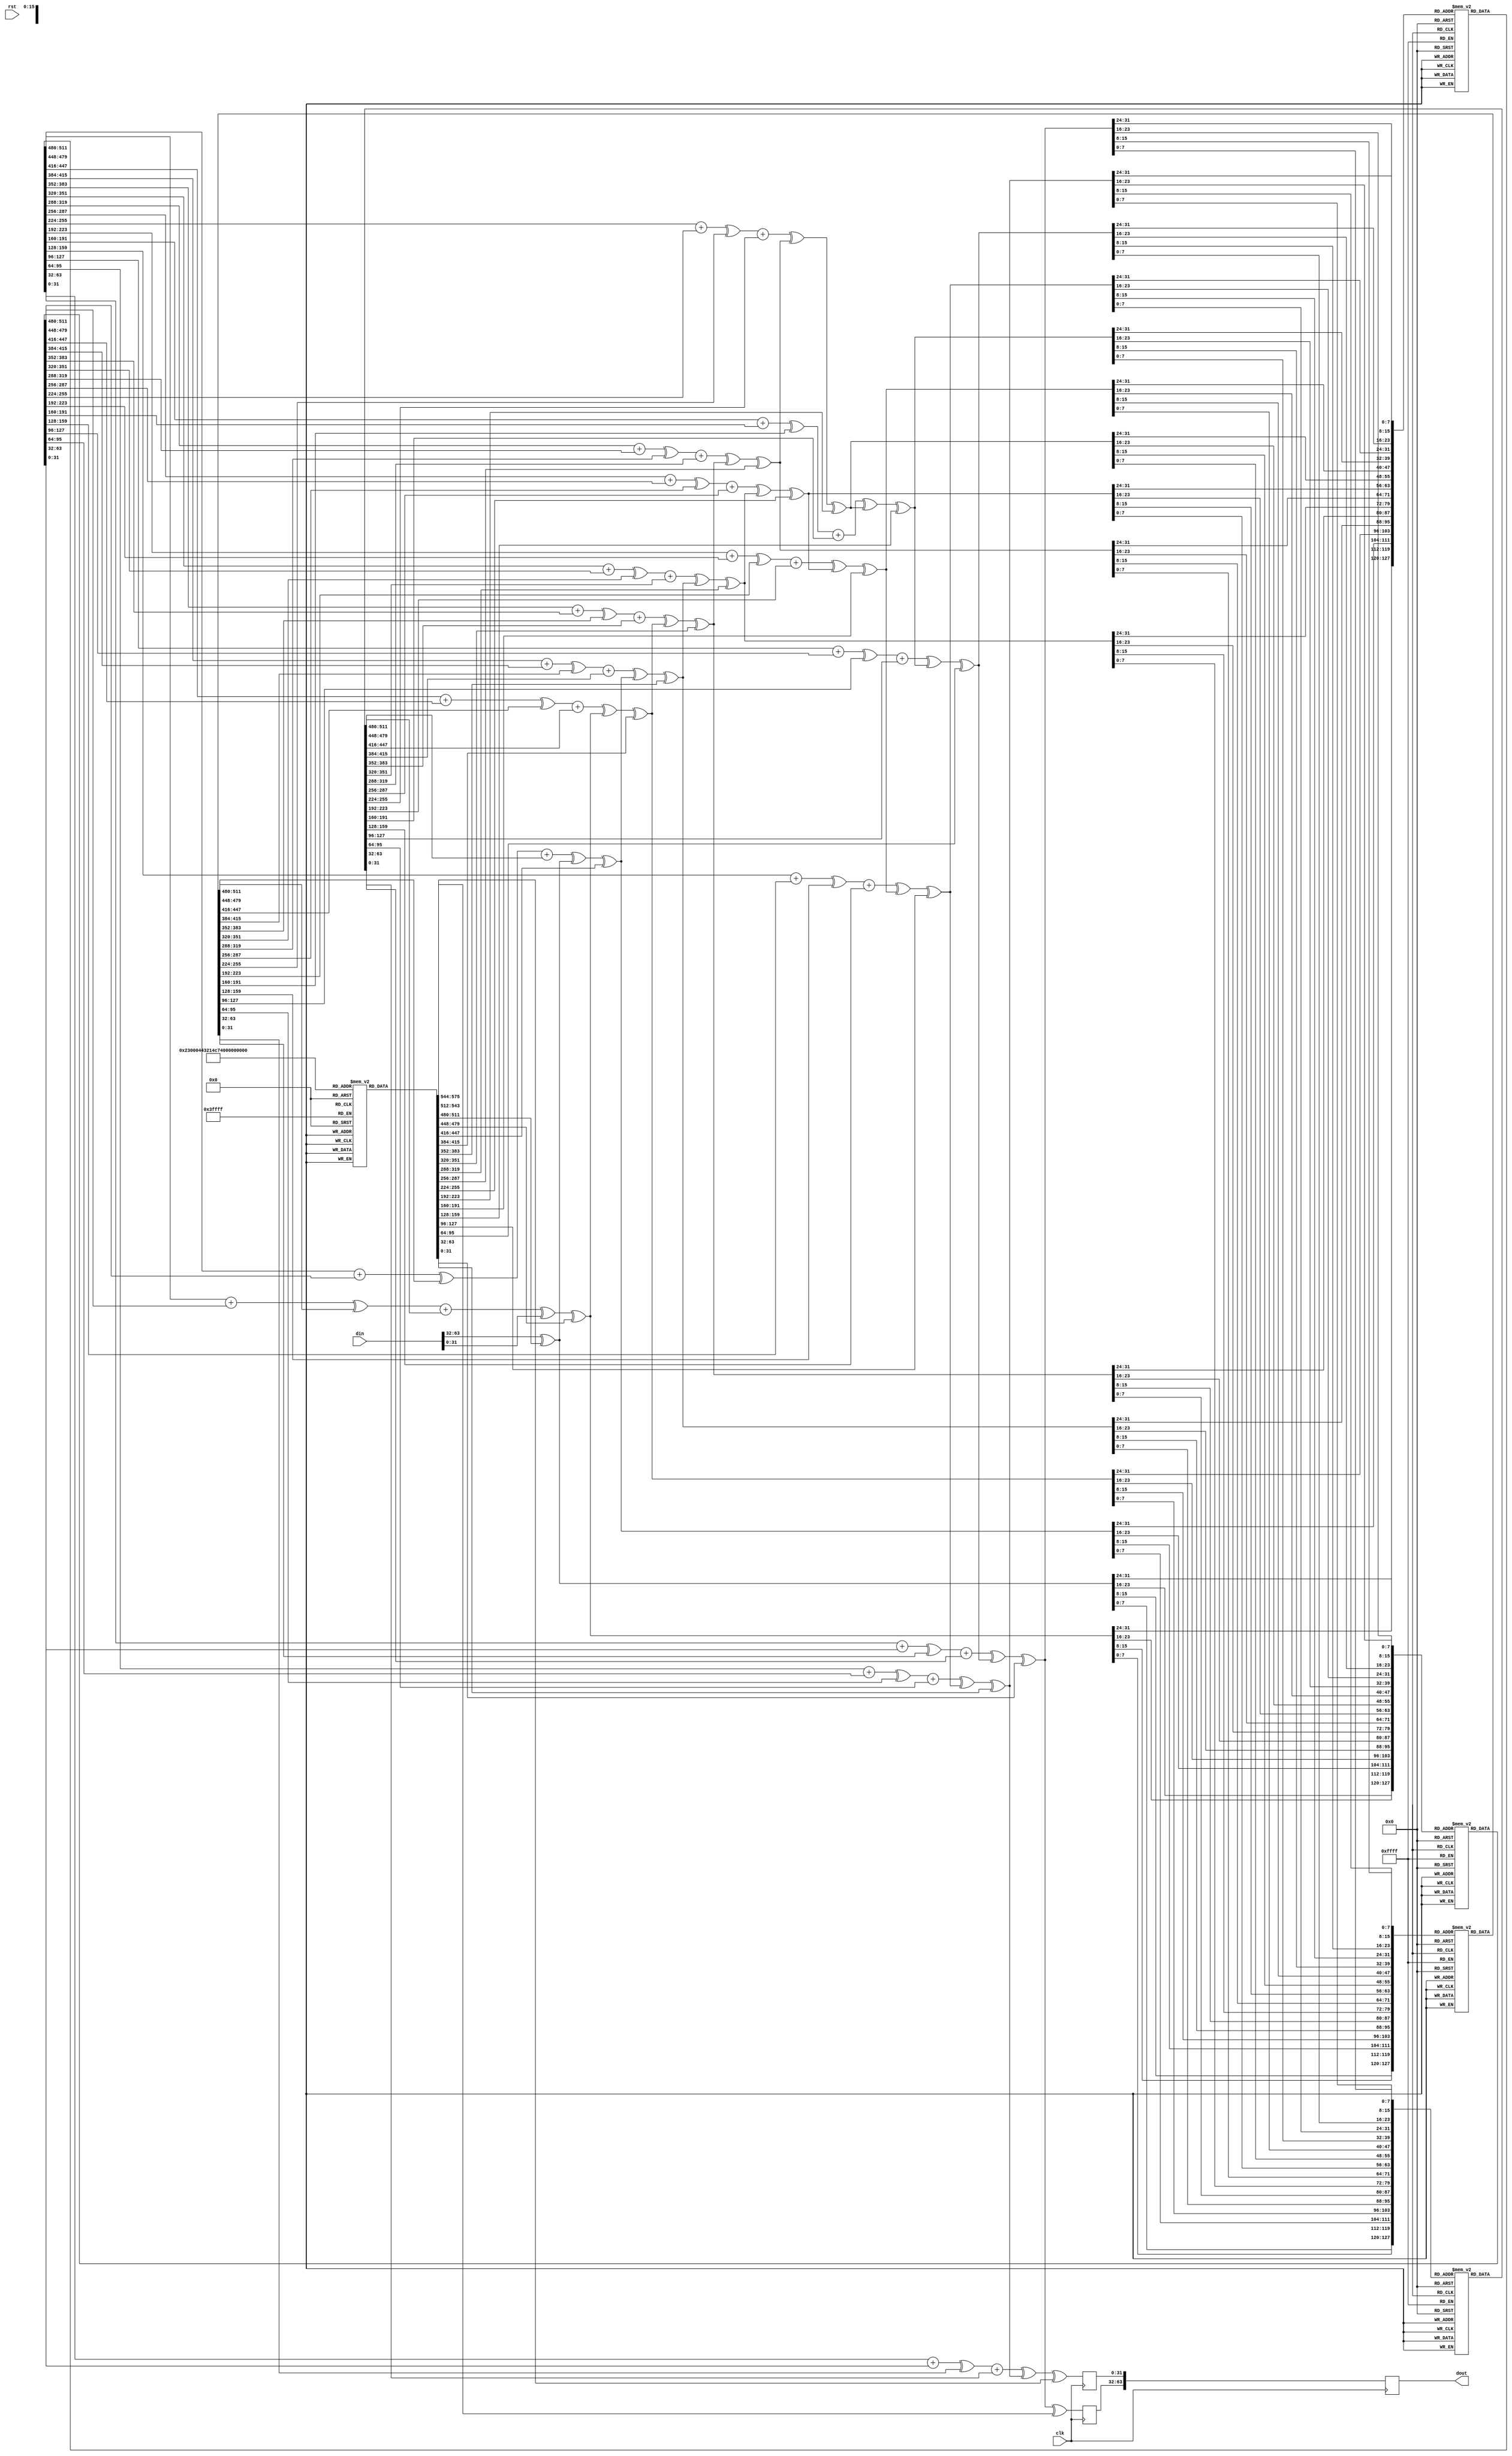
`timescale 1ns / 1ps
//////////////////////////////////////////////////////////////////////////////////
// Company: 
// Engineer: 
// 
// Design Name: 
// Module Name: core
// Project Name: 
// Target Devices: 
// Tool Versions: 
// Description: 
// 
// Dependencies: 
// 
// Revision:
// Revision 0.01 - File Created
// Additional Comments:
// 
//////////////////////////////////////////////////////////////////////////////////


module encrypt(
    input clk,
    input rst,
    input [63:0] din,
    output reg [63:0] dout
    );
    reg [31:0]P[17:0];
    reg [31:0]Pk[17:0];
    reg [31:0]key[13:0];
    reg [31:0] left[17:0],right[17:0];
    reg [31:0] out1,out2,out3,out4;
    reg [31:0] o1,o2,o3;
    reg [31:0]sbox1[255:0];
    reg [31:0]sbox2[255:0];
    reg [31:0]sbox3[255:0];
    reg [31:0]sbox4[255:0];
    integer i,j;
    reg [7:0]s1,s2,s3,s4;
    
 
    initial   // Initialising the  P-array,Key,S-box
    begin
    // P-array
    P[0]=32'h243F6A88;
    P[1]=32'h85A308D3;
    P[2]=32'h13198A2E;
    P[3]=32'h03707344;  
    P[4]=32'hA4093822;
    P[5]=32'h299F31D0;
    P[6]=32'h082EFA98;
    P[7]=32'hEC4E6C89;
    P[8]=32'h452821E6;
    P[9]=32'h38D01377;
    P[10]=32'hBE5466CF;
    P[11]=32'h34E90C6C;
    P[12]=32'hC0AC29B7;
    P[13]=32'hC97C50DD;
    P[14]=32'h3F84D5B5;
    P[15]=32'hB5470917;
    P[16]=32'h9216D5D9;
    P[17]=32'h8979FB1B;
    // Key
    key[0]=32'h4B7A70E9;
    key[1]=32'hB5B32944;
    key[2]=32'hDB75092E;
    key[3]=32'hC4192623;
    key[4]=32'hAD6EA6B0;
    key[5]=32'h49A7DF7D;
    key[6]=32'h9CEE60B8;
    key[7]=32'h8FEDB266;
    key[8]=32'hECAA8C71;
    key[9]=32'h699A17FF;
    key[10]=32'h5664526C;
    key[11]=32'hC2B19EE1;
    key[12]=32'h193602A5;
    key[13]=32'h75094C29;
   
 
    //Sbox
        sbox1[8'h00] = 32'hD1310BA6;
        sbox1[8'h01] = 32'h98BFB5AC;
        sbox1[8'h02] = 32'h2FFD72DF;
        sbox1[8'h03] = 32'hD01ADFB7;
        sbox1[8'h04] = 32'hB8E1AFED;
        sbox1[8'h05] = 32'h6A267E96;
        sbox1[8'h06] = 32'hBA7C9045;
        sbox1[8'h07] = 32'hF12C7F99;
        sbox1[8'h08] = 32'h24A19947;
        sbox1[8'h09] = 32'hB3916CF7;
        sbox1[8'h0a] = 32'h0801F2E2;
        sbox1[8'h0b] = 32'h858EFC16;
        sbox1[8'h0c] = 32'h636920D8;
        sbox1[8'h0d] = 32'h71574E69;
        sbox1[8'h0e] = 32'hA458FEA3;
        sbox1[8'h0f] = 32'hF4933D7E;
        sbox1[8'h10] = 32'h0D95748F;
        sbox1[8'h11] = 32'h728EB658;
        sbox1[8'h12] = 32'h718BCD58;
        sbox1[8'h13] = 32'h82154AEE;
        sbox1[8'h14] = 32'h7B54A41D;
        sbox1[8'h15] = 32'hC25A59B5;
        sbox1[8'h16] = 32'h9C30D539;
        sbox1[8'h17] = 32'h2AF26013;
        sbox1[8'h18] = 32'hC5D1B023;
        sbox1[8'h19] = 32'h286085F0;
        sbox1[8'h1a] = 32'hCA417918;
        sbox1[8'h1b] = 32'hB8DB38EF;
        sbox1[8'h1c] = 32'h8E79DCB0;
        sbox1[8'h1d]=32'h603A180E;
        sbox1[8'h1e]=32'h6C9E0E8B;
        sbox1[8'h1f]=32'hB01E8A3E;
        
        sbox1[8'h20]=32'hD71577C1;
        sbox1[8'h21]=32'hBD314B27;
        sbox1[8'h22]=32'h78AF2FDA;
        sbox1[8'h23]=32'h55605C60;
        sbox1[8'h24]=32'hE65525F3;
        sbox1[8'h25]=32'hAA55AB94;
        sbox1[8'h26]=32'h57489862;
        sbox1[8'h27]=32'h63E81440;
        sbox1[8'h28]=32'h55CA396A;
        sbox1[8'h29]=32'h2AAB10B6;
        sbox1[8'h2a]=32'hB4CC5C34;
        sbox1[8'h2b]=32'h1141E8CE;
        sbox1[8'h2c]=32'hA15486AF;
        sbox1[8'h2d]=32'h7C72E993;
        sbox1[8'h2e]=32'hB3EE1411;
        sbox1[8'h2f]=32'h636FBC2A;
        
        sbox1[8'h30]=32'h2BA9C55D;
        sbox1[8'h31]=32'h741831F6;
        sbox1[8'h32]=32'hCE5C3E16;
        sbox1[8'h33]=32'h9B87931E;
        sbox1[8'h34]=32'hAFD6BA33;
        sbox1[8'h35]=32'h6C24CF5C;
        sbox1[8'h36]=32'h7A325381;
        sbox1[8'h37]=32'h28958677;
        sbox1[8'h38]=32'h3B8F4898;
        sbox1[8'h39]=32'h6B4BB9AF;
        sbox1[8'h3a]=32'hC4BFE81B;
        sbox1[8'h3b]=32'h66282193;
        sbox1[8'h3c]=32'h61D809CC;
        sbox1[8'h3d]=32'hFB21A991;
        sbox1[8'h3e]=32'h487CAC60;
        sbox1[8'h3f]=32'h5DEC8032;
        
        sbox1[8'h40]=32'hEF845D5D;
        sbox1[8'h41]=32'hE98575B1;
        sbox1[8'h42]=32'hDC262302;
        sbox1[8'h43]=32'hEB651B88;
        sbox1[8'h44]=32'h23893E81;
        sbox1[8'h45]=32'hD396ACC5;
        sbox1[8'h46]=32'h0F6D6FF3;
        sbox1[8'h47]=32'h83F44239;
        sbox1[8'h48]=32'h2E0B4482;
        sbox1[8'h49]=32'hA4842004;
        sbox1[8'h4a]=32'h69C8F04A;
        sbox1[8'h4b]=32'h9E1F9B5E;
        sbox1[8'h4c]=32'h21C66842;
        sbox1[8'h4d]=32'hF6E96C9A;
        sbox1[8'h4e]=32'h670C9C61;
        sbox1[8'h4f]=32'hABD388F0;
        
        sbox1[8'h50]=32'h6A51A0D2;
        sbox1[8'h51]=32'hD8542F68;
        sbox1[8'h52]=32'h960FA728;
        sbox1[8'h53]=32'hAB5133A3;
        sbox1[8'h54]=32'h6EEF0B6C;
        sbox1[8'h55]=32'h137A3BE4;
        sbox1[8'h56]=32'hBA3BF050;
        sbox1[8'h57]=32'h7EFB2A98;
        sbox1[8'h58]=32'hA1F1651D;
        sbox1[8'h59]=32'h39AF0176;
        sbox1[8'h5a]=32'h66CA593E;
        sbox1[8'h5b]=32'h82430E88;
        sbox1[8'h5c]=32'h8CEE8619;
        sbox1[8'h5d]=32'h456F9FB4;
        sbox1[8'h5e]=32'h7D84A5C3;
        sbox1[8'h5f]=32'h3B8B5EBE;
        
        sbox1[8'h60]=32'hE06F75D8;
        sbox1[8'h61]=32'h85C12073;
        sbox1[8'h62]=32'h401A449F;
        sbox1[8'h63]=32'h56C16AA6;
        sbox1[8'h64]=32'h4ED3AA62;
        sbox1[8'h65]=32'h363F7706;
        sbox1[8'h66]=32'h1BFEDF72;
        sbox1[8'h67]=32'h429B023D;
        sbox1[8'h68]=32'h37D0D724;
        sbox1[8'h69]=32'hD00A1248;
        sbox1[8'h6a]=32'hDB0FEAD3;
        sbox1[8'h6b]=32'h49F1C09B;
        sbox1[8'h6c]=32'h075372C9;
        sbox1[8'h6d]=32'h80991B7B;
        sbox1[8'h6e]=32'h25D479D8;
        sbox1[8'h6f]=32'hF6E8DEF7;
        
        sbox1[8'h70]=32'hE3FE501A;
        sbox1[8'h71]=32'hB6794C3B;
        sbox1[8'h72]=32'h976CE0BD;
        sbox1[8'h73]=32'h04C006BA;
        sbox1[8'h74]=32'hC1A94FB6;
        sbox1[8'h75]=32'h409F60C4;
        sbox1[8'h76]=32'h5E5C9EC2;
        sbox1[8'h77]=32'h196A2463;
        sbox1[8'h78]=32'h68FB6FAF;
        sbox1[8'h79]=32'h3E6C53B5;
        sbox1[8'h7a]=32'h1339B2EB;
        sbox1[8'h7b]=32'h3B52EC6F;
        sbox1[8'h7c]=32'h6DFC511F;
        sbox1[8'h7d]=32'h9B30952C;
        sbox1[8'h7e]=32'hCC814544;
        sbox1[8'h7f]=32'hAF5EBD09;
        
        sbox1[8'h80]=32'hBEE3D004;
        sbox1[8'h81]=32'hDE334AFD;
        sbox1[8'h82]=32'h660F2807;
        sbox1[8'h83]=32'h192E4BB3;
        sbox1[8'h84]=32'hC0CBA857;
        sbox1[8'h85]=32'h45C8740F;
        sbox1[8'h86]=32'hD20B5F39;
        sbox1[8'h87]=32'hB9D3FBDB;
        sbox1[8'h88]=32'h5579C0BD;
        sbox1[8'h89]=32'h1A60320A;
        sbox1[8'h8a]=32'hD6A100C6;
        sbox1[8'h8b]=32'h402C7279;
        sbox1[8'h8c]=32'h679F25FE;
        sbox1[8'h8d]=32'hFB1FA3CC;
        sbox1[8'h8e]=32'h8EA5E9F8;
        sbox1[8'h8f]=32'hDB3222F8;
        
        sbox1[8'h90]=32'h3C7516DF;
        sbox1[8'h91]=32'hFD616B15;
        sbox1[8'h92]=32'h2F501EC8;
        sbox1[8'h93]=32'hAD0552AB;
        sbox1[8'h94]=32'h323DB5FA;
        sbox1[8'h95]=32'hFD238760;
        sbox1[8'h96]=32'h53317B48;
        sbox1[8'h97]=32'h3E00DF82;
        sbox1[8'h98]=32'h9E5C57BB;
        sbox1[8'h99]=32'hCA6F8CA0;
        sbox1[8'h9a]=32'h1A87562E;
        sbox1[8'h9b]=32'hDF1769DB;
        sbox1[8'h9c]=32'hD542A8F6;
        sbox1[8'h9d]=32'h287EFFC3;
        sbox1[8'h9e]=32'hAC6732C6;
        sbox1[8'h9f]=32'h8C4F5573;
        
        sbox1[8'ha0]=32'h695B27B0;
        sbox1[8'ha1]=32'hBBCA58C8;
        sbox1[8'ha2]=32'hE1FFA35D;
        sbox1[8'ha3]=32'hB8F011A0;
        sbox1[8'ha4]=32'h10FA3D98;
        sbox1[8'ha5]=32'hFD2183B8;
        sbox1[8'ha6]=32'h4AFCB56C;
        sbox1[8'ha7]=32'h2DD1D35B;
        sbox1[8'ha8]=32'h9A53E479;
        sbox1[8'ha9]=32'hB6F84565;
        sbox1[8'haa]=32'hD28E49BC;
        sbox1[8'hab]=32'h4BFB9790;
        sbox1[8'hac]=32'hE1DDF2DA;
        sbox1[8'had]=32'hA4CB7E33;
        sbox1[8'hae]=32'h62FB1341;
        sbox1[8'haf]=32'hCEE4C6E8;
        
        sbox1[8'hb0]=32'hEF20CADA;
        sbox1[8'hb1]=32'h36774C01;
        sbox1[8'hb2]=32'hD07E9EFE;
        sbox1[8'hb3]=32'h2BF11FB4;
        sbox1[8'hb4]=32'h95DBDA4D;
        sbox1[8'hb5]=32'hAE909198;
        sbox1[8'hb6]=32'hEAAD8E71;
        sbox1[8'hb7]=32'h6B93D5A0;
        sbox1[8'hb8]=32'hD08ED1D0;
        sbox1[8'hb9]=32'hAFC725E0;
        sbox1[8'hba]=32'h8E3C5B2F;
        sbox1[8'hbb]=32'h8E7594B7;
        sbox1[8'hbc]=32'h8FF6E2FB;
        sbox1[8'hbd]=32'hF2122B64;
        sbox1[8'hbe]=32'h8888B812;
        sbox1[8'hbf]=32'h900DF01C;
        
        sbox1[8'hc0]=32'h4FAD5EA0;
        sbox1[8'hc1]=32'h688FC31C;
        sbox1[8'hc2]=32'hD1CFF191;
        sbox1[8'hc3]=32'hB3A8C1AD;
        sbox1[8'hc4]=32'h2F2F2218;
        sbox1[8'hc5]=32'hBE0E1777;
        sbox1[8'hc6]=32'hEA752DFE;
        sbox1[8'hc7]=32'h8B021FA1;
        sbox1[8'hc8]=32'hE5A0CC0F;
        sbox1[8'hc9]=32'hB56F74E8;
        sbox1[8'hca]=32'h18ACF3D6;
        sbox1[8'hcb]=32'hCE89E299;
        sbox1[8'hcc]=32'hB4A84FE0;
        sbox1[8'hcd]=32'hFD13E0B7;
        sbox1[8'hce]=32'h7CC43B81;
        sbox1[8'hcf]=32'hD2ADA8D9;
        
        sbox1[8'hd0]=32'h165FA266;
        sbox1[8'hd1]=32'h80957705;
        sbox1[8'hd2]=32'h93CC7314;
        sbox1[8'hd3]=32'h211A1477;
        sbox1[8'hd4]=32'hE6AD2065;
        sbox1[8'hd5]=32'h77B5FA86;
        sbox1[8'hd6]=32'hC75442F5;
        sbox1[8'hd7]=32'hFB9D35CF;
        sbox1[8'hd8]=32'hEBCDAF0C;
        sbox1[8'hd9]=32'h7B3E89A0;
        sbox1[8'hda]=32'hD6411BD3;
        sbox1[8'hdb]=32'hAE1E7E49;
        sbox1[8'hdc]=32'h00250E2D;
        sbox1[8'hdd]=32'h2071B35E;
        sbox1[8'hde]=32'h226800BB;
        sbox1[8'hdf]=32'h57B8E0AF;
        
        sbox1[8'he0]=32'h2464369B;
        sbox1[8'he1]=32'hF009B91E;
        sbox1[8'he2]=32'h5563911D;
        sbox1[8'he3]=32'h59DFA6AA;
        sbox1[8'he4]=32'h78C14389;
        sbox1[8'he5]=32'hD95A537F;
        sbox1[8'he6]=32'h207D5BA2;
        sbox1[8'he7]=32'h02E5B9C5;
        sbox1[8'he8]=32'h83260376;
        sbox1[8'he9]=32'h6295CFA9;
        sbox1[8'hea]=32'h11C81968;
        sbox1[8'heb]=32'h4E734A41;
        sbox1[8'hec]=32'hB3472DCA;
        sbox1[8'hed]=32'h7B14A94A;
        sbox1[8'hee]=32'h1B510052;
        sbox1[8'hef]=32'h9A532915;
        
        sbox1[8'hf0]=32'hD60F573F;
        sbox1[8'hf1]=32'hBC9BC6E4;
        sbox1[8'hf2]=32'h2B60A476;
        sbox1[8'hf3]=32'h81E67400;
        sbox1[8'hf4]=32'h08BA6FB5;
        sbox1[8'hf5]=32'h571BE91F;
        sbox1[8'hf6]=32'hF296EC6B;
        sbox1[8'hf7]=32'h2A0DD915;
        sbox1[8'hf8]=32'hB6636521;
        sbox1[8'hf9]=32'hE7B9F9B6;
        sbox1[8'hfa]=32'hFF34052E;
        sbox1[8'hfb]=32'hC5855664;
        sbox1[8'hfc]=32'h53B02D5D;
        sbox1[8'hfd]=32'hA99F8FA1;
        sbox1[8'hfe]=32'h08BA4799;
        sbox1[8'hff]=32'h6E85076A;

    //Sbox-2
            
    sbox2[8'h00]=32'h4B7A70E9;
    sbox2[8'h01]=32'hB5B32944;
    sbox2[8'h02]=32'hDB75092E;
    sbox2[8'h03]=32'hC4192623;
    sbox2[8'h04]=32'hAD6EA6B0;
    sbox2[8'h05]=32'h49A7DF7D;
    sbox2[8'h06]=32'h9CEE60B8;
    sbox2[8'h07]=32'h8FEDB266;
    sbox2[8'h08]=32'hECAA8C71;
    sbox2[8'h09]=32'h699A17FF;
    sbox2[8'h0a]=32'h5664526C;
    sbox2[8'h0b]=32'hC2B19EE1;
    sbox2[8'h0c]=32'h193602A5;
    sbox2[8'h0d]=32'h75094C29;
    sbox2[8'h0e]=32'hA0591340;
    sbox2[8'h0f]=32'hE4183A3E;
    
    sbox2[8'h10]=32'h3F54989A;
    sbox2[8'h11]=32'h5B429D65;
    sbox2[8'h12]=32'h6B8FE4D6;
    sbox2[8'h13]=32'h99F73FD6;
    sbox2[8'h14]=32'hA1D29C07;
    sbox2[8'h15]=32'hEFE830F5;
    sbox2[8'h16]=32'h4D2D38E6;
    sbox2[8'h17]=32'hF0255DC1;
    sbox2[8'h18]=32'h4CDD2086;
    sbox2[8'h19]=32'h8470EB26;
    sbox2[8'h1a]=32'h6382E9C6;
    sbox2[8'h1b]=32'h021ECC5E;
    sbox2[8'h1c]=32'h09686B3F;
    sbox2[8'h1d]=32'h3EBAEFC9;
    sbox2[8'h1e]=32'h3C971814;
    sbox2[8'h1f]=32'h6B6A70A1;
    
    sbox2[8'h20]=32'h687F3584;
    sbox2[8'h21]=32'h52A0E286;
    sbox2[8'h22]=32'hB79C5305;
    sbox2[8'h23]=32'hAA500737;
    sbox2[8'h24]=32'h3E07841C;
    sbox2[8'h25]=32'h7FDEAE5C;
    sbox2[8'h26]=32'h8E7D44EC;
    sbox2[8'h27]=32'h5716F2B8;
    sbox2[8'h28]=32'hB03ADA37;
    sbox2[8'h29]=32'hF0500C0D;
    sbox2[8'h2a]=32'hF01C1F04;
    sbox2[8'h2b]=32'h0200B3FF;
    sbox2[8'h2c]=32'hAE0CF51A;
    sbox2[8'h2d]=32'h3CB574B2;
    sbox2[8'h2e]=32'h25837A58;
    sbox2[8'h2f]=32'hDC0921BD;
    
    sbox2[8'h30]=32'hD19113F9;
    sbox2[8'h31]=32'h7CA92FF6;
    sbox2[8'h32]=32'h94324773;
    sbox2[8'h33]=32'h22F54701;
    sbox2[8'h34]=32'h3AE5E581;
    sbox2[8'h35]=32'h37C2DADC;
    sbox2[8'h36]=32'hC8B57634;
    sbox2[8'h37]=32'h9AF3DDA7;
    sbox2[8'h38]=32'hA9446146;
    sbox2[8'h39]=32'h0FD0030E;
    sbox2[8'h3a]=32'hECC8C73E;
    sbox2[8'h3b]=32'hA4751E41;
    sbox2[8'h3c]=32'hE238CD99;
    sbox2[8'h3e]=32'h3BEA0E2F;
    sbox2[8'h3d]=32'h3280BBA1;
    sbox2[8'h3f]=32'h183EB331;
    
    sbox2[8'h40]=32'h4E548B38;
    sbox2[8'h41]=32'h4F6DB908;
    sbox2[8'h42]=32'h6F420D03;
    sbox2[8'h43]=32'hF60A04BF;
    sbox2[8'h44]=32'h2CB81290;
    sbox2[8'h45]=32'h24977C79;
    sbox2[8'h46]=32'h5679B072;
    sbox2[8'h47]=32'hBCAF89AF;
    sbox2[8'h48]=32'hDE9A771F;
    sbox2[8'h49]=32'hD9930810;
    sbox2[8'h4a]=32'hB38BAE12;
    sbox2[8'h4b]=32'hDCCF3F2;
    sbox2[8'h4c]=32'h5512721F;
    sbox2[8'h4d]=32'h2E6B7124;
    sbox2[8'h4e]=32'h501ADDE6;
    sbox2[8'h4f]=32'h9F84CD87;
    
    sbox2[8'h50]=32'h7A584718;
    sbox2[8'h51]=32'h7408DA17;
    sbox2[8'h52]=32'hBC9F9ABC;
    sbox2[8'h53]=32'hE94B7D8C;
    sbox2[8'h54]=32'hEC7AEC3A;
    sbox2[8'h55]=32'hDB851DFA;
    sbox2[8'h56]=32'h63094366;
    sbox2[8'h57]=32'hC464C3D2;
    sbox2[8'h58]=32'hEF1C1847;
    sbox2[8'h59]=32'h3215D908;
    sbox2[8'h5a]=32'hDD433B37;
    sbox2[8'h5b]=32'h24C2BA16;
    sbox2[8'h5c]=32'h12A14D43;
    sbox2[8'h5d]=32'h2A65C451;
    sbox2[8'h5e]=32'h50940002;
    sbox2[8'h5f]=32'h133AE4DD;
    
    sbox2[8'h60]=32'h71DFF89E;
    sbox2[8'h61]=32'h10314E55;
    sbox2[8'h62]=32'h81AC77D6;
    sbox2[8'h63]=32'h5F11199B;
    sbox2[8'h64]=32'h043556F1;
    sbox2[8'h65]=32'hD7A3C76B;
    sbox2[8'h66]=32'h3C11183B;
    sbox2[8'h67]=32'h5924A509;
    sbox2[8'h68]=32'hF28FE6ED;
    sbox2[8'h69]=32'h97F1FBFA;
    sbox2[8'h6a]=32'h9EBABF2C;
    sbox2[8'h6b]=32'h1E153C6E;
    sbox2[8'h6c]=32'h86E34570;
    sbox2[8'h6d]=32'hEAE96FB1;
    sbox2[8'h6e]=32'h860E5E0A;
    sbox2[8'h6f]=32'h5A3E2AB3;
    
    sbox2[8'h70]=32'h771FE71C;
    sbox2[8'h71]=32'h4E3D06FA;
    sbox2[8'h72]=32'h2965DCB9;
    sbox2[8'h73]=32'h99E71D0F;
    sbox2[8'h74]=32'h803E89D6;
    sbox2[8'h75]=32'h5266C825;
    sbox2[8'h76]=32'h2E4CC978;
    sbox2[8'h77]=32'h9C10B36A;
    sbox2[8'h78]=32'hC6150EBA;
    sbox2[8'h79]=32'h94E2EA78;
    sbox2[8'h7a]=32'hA5FC3C53;
    sbox2[8'h7b]=32'h1E0A2DF4;
    sbox2[8'h7c]=32'hF2F74EA7;
    sbox2[8'h7d]=32'h361D2B3D;
    sbox2[8'h7e]=32'h1939260F;
    sbox2[8'h7f]=32'h19C27960;
    
    sbox2[8'h80]=32'h5223A708;
    sbox2[8'h81]=32'hF71312B6;
    sbox2[8'h82]=32'hEBADFE6E;
    sbox2[8'h83]=32'hEAC31F66;
    sbox2[8'h84]=32'hE3BC4595;
    sbox2[8'h85]=32'hA67BC883;
    sbox2[8'h86]=32'hB17F37D1;
    sbox2[8'h87]=32'h018CFF28;
    sbox2[8'h88]=32'hC332DDEF;
    sbox2[8'h89]=32'hBE6C5AA5;
    sbox2[8'h8a]=32'h65582185;
    sbox2[8'h8b]=32'h68AB9802;
    sbox2[8'h8c]=32'hEECEA50F;
    sbox2[8'h8d]=32'hDB2F953B;
    sbox2[8'h8e]=32'h2AEF7DAD;
    sbox2[8'h8f]=32'h5B6E2F84;
    
    sbox2[8'h90]=32'h1521B628;
    sbox2[8'h91]=32'h29076170;
    sbox2[8'h92]=32'hECDD4775;
    sbox2[8'h93]=32'h619F1510;
    sbox2[8'h94]=32'h13CCA830;
    sbox2[8'h95]=32'hEB61BD96;
    sbox2[8'h96]=32'h0334FE1E;
    sbox2[8'h97]=32'hAA0363CF;
    sbox2[8'h98]=32'hB5735C90;
    sbox2[8'h99]=32'h4C70A239;
    sbox2[8'h9a]=32'hD59E9E0B;
    sbox2[8'h9b]=32'hCBAADE14;
    sbox2[8'h9c]=32'hEECC86BC;
    sbox2[8'h9d]=32'h60622CA7;
    sbox2[8'h9e]=32'h9CAB5CAB;
    sbox2[8'h9f]=32'hB2F3846E;
    
    sbox2[8'ha0]=32'h648B1EAF;
    sbox2[8'ha1]=32'h19BDF0CA;
    sbox2[8'ha2]=32'hA02369B9;
    sbox2[8'ha3]=32'h655ABB50;
    sbox2[8'ha4]=32'h40685A32;
    sbox2[8'ha5]=32'h3C2AB4B3;
    sbox2[8'ha6]=32'h319EE9D5;
    sbox2[8'ha7]=32'hC021B8F7;
    sbox2[8'ha8]=32'h9B540B19;
    sbox2[8'ha9]=32'h875FA099;
    sbox2[8'haa]=32'h95F7997E;
    sbox2[8'hab]=32'h623D7DA8;
    sbox2[8'hac]=32'hF837889A;
    sbox2[8'had]=32'h97E32D77;
    sbox2[8'hae]=32'h11ED935F;
    sbox2[8'haf]=32'h16681281;
    
    sbox2[8'hb0]=32'h0E358829;
    sbox2[8'hb1]=32'hC7E61FD6;
    sbox2[8'hb2]=32'h96DEDFA1;
    sbox2[8'hb3]=32'h7858BA99;
    sbox2[8'hb4]=32'h57F584A5;
    sbox2[8'hb5]=32'h1B227263;
    sbox2[8'hb6]=32'h9B83C3FF;
    sbox2[8'hb7]=32'h1AC24696;
    sbox2[8'hb8]=32'hCDB30AEB;
    sbox2[8'hb9]=32'h532E3054;
    sbox2[8'hba]=32'h8FD948E4;
    sbox2[8'hbb]=32'h6DBC3128;
    sbox2[8'hbc]=32'h58EBF2EF;
    sbox2[8'hbd]=32'h34C6FFEA;
    sbox2[8'hbe]=32'hFE28ED61;
    sbox2[8'hbf]=32'hEE7C3C73;
    
    sbox2[8'hc0]=32'h5D4A14D9;
    sbox2[8'hc1]=32'hE864B7E3;
    sbox2[8'hc2]=32'h42105D14;
    sbox2[8'hc3]=32'h203E13E0;
    sbox2[8'hc4]=32'h45EEE2B6;
    sbox2[8'hc5]=32'hA3AAABEA;
    sbox2[8'hc6]=32'hDB6C4F15;
    sbox2[8'hc7]=32'hFACB4FD0;
    sbox2[8'hc8]=32'hC742F442;
    sbox2[8'hc9]=32'hEF6ABBB5;
    sbox2[8'hca]=32'h654F3B1D;
    sbox2[8'hcb]=32'h41CD2105;
    sbox2[8'hcc]=32'hD81E799E;
    sbox2[8'hcd]=32'h86854DC7;
    sbox2[8'hce]=32'hE44B476A;
    sbox2[8'hcf]=32'h3D816250;
    
    sbox2[8'hd0]=32'hCF62A1F2;
    sbox2[8'hd1]=32'h5B8D2646;
    sbox2[8'hd2]=32'hFC8883A0;
    sbox2[8'hd3]=32'hC1C7B6A3;
    sbox2[8'hd4]=32'h7F1524C3;
    sbox2[8'hd5]=32'h69CB7492;
    sbox2[8'hd6]=32'h47848A0B;
    sbox2[8'hd7]=32'h5692B285;
    sbox2[8'hd8]=32'h095BBF00;
    sbox2[8'hd9]=32'hAD19489D;
    sbox2[8'hda]=32'h1462B174;
    sbox2[8'hdb]=32'h23820E00;
    sbox2[8'hdc]=32'h58428D2A;
    sbox2[8'hdd]=32'h0C55F5EA;
    sbox2[8'hde]=32'h1DADF43E;
    sbox2[8'hdf]=32'h233F7061;
    
    sbox2[8'he0]=32'h3372F092;
    sbox2[8'he1]=32'h8D937E41;
    sbox2[8'he2]=32'hD65FECF1;
    sbox2[8'he3]=32'h6C223BDB;
    sbox2[8'he4]=32'h7CDE3759;
    sbox2[8'he5]=32'hCBEE7460;
    sbox2[8'he6]=32'h4085F2A7;
    sbox2[8'he7]=32'hCE77326E;
    sbox2[8'he8]=32'hA6078084;
    sbox2[8'he9]=32'h19F8509E;
    sbox2[8'hea]=32'hE8EFD855;
    sbox2[8'heb]=32'h61D99735;
    sbox2[8'hec]=32'hA969A7AA;
    sbox2[8'hed]=32'hC50C06C2;
    sbox2[8'hee]=32'h5A04ABFC;
    sbox2[8'hef]=32'h800BCADC;
    
    sbox2[8'hf0]=32'h9E447A2E;
    sbox2[8'hf1]=32'hC3453484;
    sbox2[8'hf2]=32'hFDD56705;
    sbox2[8'hf3]=32'h0E1E9EC9;
    sbox2[8'hf4]=32'hDB73DBD3;
    sbox2[8'hf5]=32'h105588CD;
    sbox2[8'hf6]=32'h675FDA79;
    sbox2[8'hf7]=32'hE3674340;
    sbox2[8'hf8]=32'hC5C43465;
    sbox2[8'hf9]=32'h713E38D8;
    sbox2[8'hfa]=32'h3D28F89E;
    sbox2[8'hfb]=32'hF16DFF20;
    sbox2[8'hfc]=32'h153E21E7;
    sbox2[8'hfd]=32'h8FB03D4A;
    sbox2[8'hfe]=32'hE6E39F2B;
    sbox2[8'hff]=32'hDB83ADF7;
        //Sbox-3
        
        sbox3[8'h00]=32'hE93D5A68;
        sbox3[8'h01]=32'h948140F7;
        sbox3[8'h02]=32'hF64C261C;
        sbox3[8'h03]=32'h94692934;
        sbox3[8'h04]=32'h411520F7;
        sbox3[8'h05]=32'h7602D4F7;
        sbox3[8'h06]=32'hBCF46B2E;
        sbox3[8'h07]=32'hD4A20068;
        sbox3[8'h08]=32'hD4082471;
        sbox3[8'h09]=32'h3320F46A;
        sbox3[8'h0a]=32'h43B7D4B7;
        sbox3[8'h0b]=32'h500061AF;
        sbox3[8'h0c]=32'h1E39F62E;
        sbox3[8'h0d]=32'h97244546;
        sbox3[8'h0e]=32'h14214F74;
        sbox3[8'h0f]=32'hBF8B8840;
        
        sbox3[8'h10]=32'h4D95FC1D;
        sbox3[8'h11]=32'h96B591AF;
        sbox3[8'h12]=32'h70F4DDD3;
        sbox3[8'h13]=32'h66A02F45;
        sbox3[8'h14]=32'hBFBC09EC;
        sbox3[8'h15]=32'h03BD9785;
        sbox3[8'h16]=32'h7FAC6DD0;
        sbox3[8'h17]=32'h31CB8504;
        sbox3[8'h18]=32'h96EB27B3;
        sbox3[8'h19]=32'h55FD3941;
        sbox3[8'h1a]=32'hDA2547E6;
        sbox3[8'h1b]=32'hABCA0A9A;
        sbox3[8'h1c]=32'h28507825;
        sbox3[8'h1d]=32'h530429F4;
        sbox3[8'h1e]=32'h0A2C86DA;
        sbox3[8'h1f]=32'hE9B66DFB;
        
        sbox3[8'h20]=32'h68DC1462;
        sbox3[8'h21]=32'hD7486900;
        sbox3[8'h22]=32'h680EC0A4;
        sbox3[8'h23]=32'h27A18DEE;
        sbox3[8'h24]=32'h4F3FFEA2;
        sbox3[8'h25]=32'hE887AD8C;
        sbox3[8'h26]=32'hB58CE006;
        sbox3[8'h27]=32'h7AF4D6B6;
        sbox3[8'h28]=32'hAACE1E7C;
        sbox3[8'h29]=32'hD3375FEC;
        sbox3[8'h2a]=32'hCE78A399;
        sbox3[8'h2b]=32'h406B2A42;
        sbox3[8'h2c]=32'h20FE9E35;
        sbox3[8'h2d]=32'hD9F385B9;
        sbox3[8'h2e]=32'hEE39D7AB;
        sbox3[8'h2f]=32'h3B124E8B;
        
        sbox3[8'h30]=32'h1DC9FAF7;
        sbox3[8'h31]=32'h4B6D1856;
        sbox3[8'h32]=32'h26A36631;
        sbox3[8'h33]=32'hEAE397B2;
        sbox3[8'h34]=32'h3A6EFA74;
        sbox3[8'h35]=32'hDD5B4332;
        sbox3[8'h36]=32'h6841E7F7;
        sbox3[8'h37]=32'hCA7820FB;
        sbox3[8'h38]=32'hFB0AF54E;
        sbox3[8'h39]=32'hD8FEB397;
        sbox3[8'h3a]=32'h454056AC;
        sbox3[8'h3b]=32'hBA489527;
        sbox3[8'h3c]=32'h55533A3A;
        sbox3[8'h3d]=32'h20838D87;
        sbox3[8'h3e]=32'hFE6BA9B7;
        sbox3[8'h3f]=32'hD096954B;
        
        sbox3[8'h40]=32'h55A867BC;
        sbox3[8'h41]=32'hA1159A58;
        sbox3[8'h42]=32'hCCA92963;
        sbox3[8'h43]=32'h99E1DB33;
        sbox3[8'h44]=32'hA62A4A56;
        sbox3[8'h45]=32'h3F3125F9;
        sbox3[8'h46]=32'h5EF47E1C;
        sbox3[8'h47]=32'h9029317C;
        sbox3[8'h48]=32'hFDF8E802;
        sbox3[8'h49]=32'h04272F70;
        sbox3[8'h4a]=32'h80BB155C;
        sbox3[8'h4b]=32'h05282CE3;
        sbox3[8'h4c]=32'h95C11548;
        sbox3[8'h4d]=32'hE4C66D22;
        sbox3[8'h4e]=32'h48C1133F;
        sbox3[8'h4f]=32'hC70F86DC;
        
        sbox3[8'h50]=32'h07F9C9EE;
        sbox3[8'h51]=32'h41041F0F;
        sbox3[8'h52]=32'h404779A4;
        sbox3[8'h53]=32'h5D886E17;
        sbox3[8'h54]=32'h325F51EB;
        sbox3[8'h55]=32'hD59BC0D1;
        sbox3[8'h56]=32'hF2BCC18F;
        sbox3[8'h57]=32'h41113564;
        sbox3[8'h58]=32'h257B7834;
        sbox3[8'h59]=32'h602A9C60;
        sbox3[8'h5a]=32'hDFF8E8A3;
        sbox3[8'h5b]=32'h1F636C1B;
        sbox3[8'h5c]=32'h0E12B4C2;
        sbox3[8'h5d]=32'h02E1329E;
        sbox3[8'h5e]=32'hAF664FD1;
        sbox3[8'h5f]=32'hCAD18115;
        
        sbox3[8'h60]=32'h6B2395E0;
        sbox3[8'h61]=32'h333E92E1;
        sbox3[8'h62]=32'h3B240B62;
        sbox3[8'h63]=32'hEEBEB922;
        sbox3[8'h64]=32'h85B2A20E;
        sbox3[8'h65]=32'hE6BA0D99;
        sbox3[8'h66]=32'hDE720C8C;
        sbox3[8'h67]=32'h2DA2F728;
        sbox3[8'h68]=32'hD0127845;
        sbox3[8'h69]=32'h95B794FD;
        sbox3[8'h6a]=32'h647D0862;
        sbox3[8'h6b]=32'hE7CCF5F0;
        sbox3[8'h6c]=32'h5449A36F;
        sbox3[8'h6d]=32'h877D48FA;
        sbox3[8'h6e]=32'hC39DFD27;
        sbox3[8'h6f]=32'hF33E8D1E;
        
        sbox3[8'h70]=32'h0A476341;
        sbox3[8'h71]=32'h992EFF74;
        sbox3[8'h72]=32'h3A6F6EAB;
        sbox3[8'h73]=32'hF4F8FD37;
        sbox3[8'h74]=32'hA812DC60;
        sbox3[8'h75]=32'hA1EBDDF8;
        sbox3[8'h76]=32'h991BE14C;
        sbox3[8'h77]=32'hDB6E6B0D;
        sbox3[8'h78]=32'hC67B5510;
        sbox3[8'h79]=32'h6D672C37;
        sbox3[8'h7a]=32'h2765D43B;
        sbox3[8'h7b]=32'hDCD0E804;
        sbox3[8'h7c]=32'hF1290DC7;
        sbox3[8'h7d]=32'hCC00FFA3;
        sbox3[8'h7e]=32'hB5390F92;
        sbox3[8'h7f]=32'h690FED0B;
        
        sbox3[8'h80]=32'h667B9FFB;
        sbox3[8'h81]=32'hCEDB7D9C;
        sbox3[8'h82]=32'hA091CF0B;
        sbox3[8'h83]=32'hD9155EA3;
        sbox3[8'h84]=32'hBB132F88;
        sbox3[8'h85]=32'h515BAD24;
        sbox3[8'h86]=32'h7B9479BF;
        sbox3[8'h87]=32'h763BD6EB;
        sbox3[8'h88]=32'h37392EB3;
        sbox3[8'h89]=32'hCC115979;
        sbox3[8'h8a]=32'h8026E297;
        sbox3[8'h8b]=32'hF42E312D;
        sbox3[8'h8c]=32'h6842ADA7;
        sbox3[8'h8d]=32'hC66A2B3B;
        sbox3[8'h8e]=32'h12754CCC;
        sbox3[8'h8f]=32'h782EF11C;
        
        sbox3[8'h90]=32'h6A124237;
        sbox3[8'h91]=32'hB79251E7;
        sbox3[8'h92]=32'h06A1BBE6;
        sbox3[8'h93]=32'h4BFB6350;
        sbox3[8'h94]=32'h1A6B1018;
        sbox3[8'h95]=32'h11CAEDFA;
        sbox3[8'h96]=32'h3D25BDD8;
        sbox3[8'h97]=32'hE2E1C3C9;
        sbox3[8'h98]=32'h44421659;
        sbox3[8'h99]=32'h0A121386;
        sbox3[8'h9a]=32'hD90CEC6E;
        sbox3[8'h9b]=32'hD5ABEA2A;
        sbox3[8'h9c]=32'h64AF674E;
        sbox3[8'h9d]=32'hDA86A85F;
        sbox3[8'h9e]=32'hBEBFE988;
        sbox3[8'h9f]=32'h64E4C3FE;
        
        sbox3[8'ha0]=32'h9DBC8057;
        sbox3[8'ha1]=32'hF0F7C086;
        sbox3[8'ha2]=32'h60787BF8;
        sbox3[8'ha3]=32'h6003604D;
        sbox3[8'ha4]=32'hD1FD8346;
        sbox3[8'ha5]=32'hF6381FB0;
        sbox3[8'ha6]=32'h7745AE04;
        sbox3[8'ha7]=32'hD736FCCC;
        sbox3[8'ha8]=32'h83426B33;
        sbox3[8'ha9]=32'hF01EAB71;
        sbox3[8'haa]=32'hB0804187;
        sbox3[8'hab]=32'h3C005E5F;
        sbox3[8'hac]=32'h77A057BE;
        sbox3[8'had]=32'hBDE8AE24;
        sbox3[8'hae]=32'h55464299;
        sbox3[8'haf]=32'hBF582E61;
        
        sbox3[8'hb0]=32'h4E58F48F;
        sbox3[8'hb1]=32'hF2DDFDA2;
        sbox3[8'hb2]=32'hF474EF38;
        sbox3[8'hb3]=32'h8789BDC2;
        sbox3[8'hb4]=32'h5366F9C3;
        sbox3[8'hb5]=32'hC8B38E74;
        sbox3[8'hb6]=32'hB475F255;
        sbox3[8'hb7]=32'h46FCD9B9;
        sbox3[8'hb8]=32'h7AEB2661;
        sbox3[8'hb9]=32'h8B1DDF84;
        sbox3[8'hba]=32'h846A0E79;
        sbox3[8'hbb]=32'h915F95E2;
        sbox3[8'hbc]=32'h466E598E;
        sbox3[8'hbd]=32'h20B45770;
        sbox3[8'hbe]=32'h8CD55591;
        sbox3[8'hbf]=32'hC902DE4C;
        
        sbox3[8'hc0]=32'hB90BACE1;
        sbox3[8'hc1]=32'hBB8205D0;
        sbox3[8'hc2]=32'h11A86248;
        sbox3[8'hc3]=32'h7574A99E;
        sbox3[8'hc4]=32'hB77F19B6;
        sbox3[8'hc5]=32'hE0A9DC09;
        sbox3[8'hc6]=32'h662D09A1;
        sbox3[8'hc7]=32'hC4324633;
        sbox3[8'hc8]=32'hE85A1F02;
        sbox3[8'hc9]=32'h09F0BE8C;
        sbox3[8'hca]=32'h4A99A025;
        sbox3[8'hcb]=32'h1D6EFE10;
        sbox3[8'hcc]=32'h1AB93D1D;
        sbox3[8'hcd]=32'h0BA5A4DF;
        sbox3[8'hce]=32'hA186F20F;
        sbox3[8'hcf]=32'h2868F169;
        
        sbox3[8'hd0]=32'hDCB7DA83;
        sbox3[8'hd1]=32'h573906FE;
        sbox3[8'hd2]=32'hA1E2CE9B;
        sbox3[8'hd3]=32'h4FCD7F52;
        sbox3[8'hd4]=32'h50115E01;
        sbox3[8'hd5]=32'hA70683FA;
        sbox3[8'hd6]=32'hA002B5C4;
        sbox3[8'hd7]=32'h0DE6D027;
        sbox3[8'hd8]=32'h9AF88C27;
        sbox3[8'hd9]=32'h773F8641;
        sbox3[8'hda]=32'hC3604C06;
        sbox3[8'hdb]=32'h61A806B5;
        sbox3[8'hdc]=32'hF0177A28;
        sbox3[8'hdd]=32'hC0F586E0;
        sbox3[8'hde]=32'h006058AA;
        sbox3[8'hdf]=32'h30DC7D62;
        
        sbox3[8'he0]=32'h11E69ED7;
        sbox3[8'he1]=32'h2338EA63;
        sbox3[8'he2]=32'h53C2DD94;
        sbox3[8'he3]=32'hC2C21634;
        sbox3[8'he4]=32'hBBCBEE56;
        sbox3[8'he5]=32'h90BCB6DE;
        sbox3[8'he6]=32'hEBFC7DA1;
        sbox3[8'he7]=32'hCE591D76;
        sbox3[8'he8]=32'h6F05E409;
        sbox3[8'he9]=32'h4B7C0188;
        sbox3[8'hea]=32'h39720A3D;
        sbox3[8'heb]=32'h7C927C24;
        sbox3[8'hec]=32'h86E3725F;
        sbox3[8'hed]=32'h724D9DB9;
        sbox3[8'hee]=32'h1AC15BB4;
        sbox3[8'hef]=32'hD39EB8FC;
        
        sbox3[8'hf0]=32'hED545578;
        sbox3[8'hf1]=32'h08FCA5B5;
        sbox3[8'hf2]=32'hD83D7CD3;
        sbox3[8'hf3]=32'h4DAD0FC4;
        sbox3[8'hf4]=32'h1E50EF5E;
        sbox3[8'hf5]=32'hB161E6F8;
        sbox3[8'hf6]=32'hA28514D9;
        sbox3[8'hf7]=32'h6C51133C;
        sbox3[8'hf8]=32'h6FD5C7E7;
        sbox3[8'hf9]=32'h56E14EC4;
        sbox3[8'hfa]=32'h362ABFCE;
        sbox3[8'hfb]=32'hDDC6C837;
        sbox3[8'hfc]=32'hD79A3234;
        sbox3[8'hfd]=32'h92638212;
        sbox3[8'hfe]=32'h670EFA8E;
        sbox3[8'hff]=32'h406000E0;

                         
        sbox4[8'h00]=32'h3A39CE37;
        sbox4[8'h01]=32'hD3FAF5CF;
        sbox4[8'h02]=32'hABC27737;
        sbox4[8'h03]=32'h5AC52D1B;
        sbox4[8'h04]=32'h5CB0679E;
        sbox4[8'h05]=32'h4FA33742;
        sbox4[8'h06]=32'hD3822740;
        sbox4[8'h07]=32'h99BC9BBE;
        sbox4[8'h08]=32'hD5118E9D;
        sbox4[8'h09]=32'hBF0F7315;
        sbox4[8'h0a]=32'hD62D1C7E;
        sbox4[8'h0b]=32'hC700C47B;
        sbox4[8'h0c]=32'hB78C1B6B;
        sbox4[8'h0d]=32'h21A19045;
        sbox4[8'h0e]=32'hB26EB1BE;
        sbox4[8'h0f]=32'h6A366EB4;
        
        sbox4[8'h10]=32'h5748AB2F;
        sbox4[8'h11]=32'hBC946E79;
        sbox4[8'h12]=32'hC6A376D2;
        sbox4[8'h13]=32'h6549C2C8;
        sbox4[8'h14]=32'h530FF8EE;
        sbox4[8'h15]=32'h468DDE7D;
        sbox4[8'h16]=32'hD5730A1D;
        sbox4[8'h17]=32'h4CD04DC6;
        sbox4[8'h18]=32'h2939BBDB;
        sbox4[8'h19]=32'hA9BA4650;
        sbox4[8'h1a]=32'hAC9526E8;
        sbox4[8'h1b]=32'hBE5EE304;
        sbox4[8'h1c]=32'hA1FAD5F0;
        sbox4[8'h1d]=32'h6A2D519A;
        sbox4[8'h1e]=32'h63EF8CE2;
        sbox4[8'h1f]=32'h9A86EE22;
        
        sbox4[8'h20]=32'hC089C2B8;
        sbox4[8'h21]=32'h43242EF6;
        sbox4[8'h22]=32'hA51E03AA;
        sbox4[8'h23]=32'h9CF2D0A4;
        sbox4[8'h24]=32'h83C061BA;
        sbox4[8'h25]=32'h9BE96A4D;
        sbox4[8'h26]=32'h8FE51550;
        sbox4[8'h27]=32'hBA645BD6;
        sbox4[8'h28]=32'h2826A2F9;
        sbox4[8'h29]=32'hA73A3AE1;
        sbox4[8'h2a]=32'h4BA99586;
        sbox4[8'h2b]=32'hEF5562E9;
        sbox4[8'h2c]=32'hC72FEFD3;
        sbox4[8'h2d]=32'hF752F7DA;
        sbox4[8'h2e]=32'h3F046F69;
        sbox4[8'h2f]=32'h77FA0A59;
        
        sbox4[8'h30]=32'h80E4A915;
        sbox4[8'h31]=32'h87B08601;
        sbox4[8'h32]=32'h9B09E6AD;
        sbox4[8'h33]=32'h3B3EE593;
        sbox4[8'h34]=32'hE990FD5A;
        sbox4[8'h35]=32'h9E34D797;
        sbox4[8'h36]=32'h2CF0B7D9;
        sbox4[8'h37]=32'h022B8B51;
        sbox4[8'h38]=32'h96D5AC3A;
        sbox4[8'h39]=32'h017DA67D;
        sbox4[8'h3a]=32'hD1CF3ED6;
        sbox4[8'h3b]=32'h7C7D2D28;
        sbox4[8'h3c]=32'h1F9F25CF;
        sbox4[8'h3d]=32'hADF2B89B;
        sbox4[8'h3e]=32'h5AD6B472;
        sbox4[8'h3f]=32'h5A88F54C;
        
        sbox4[8'h40]=32'hE029AC71;
        sbox4[8'h41]=32'hE019A5E6;
        sbox4[8'h42]=32'h47B0ACFD;
        sbox4[8'h43]=32'hED93FA9B;
        sbox4[8'h44]=32'hE8D3C48D;
        sbox4[8'h45]=32'h283B57CC;
        sbox4[8'h46]=32'hF8D56629;
        sbox4[8'h47]=32'h79132E28;
        sbox4[8'h48]=32'h785F0191;
        sbox4[8'h49]=32'hED756055;
        sbox4[8'h4a]=32'hF7960E44;
        sbox4[8'h4b]=32'hE3D35E8C;
        sbox4[8'h4c]=32'h15056DD4;
        sbox4[8'h4d]=32'h88F46DBA;
        sbox4[8'h4e]=32'h03A16125;
        sbox4[8'h4f]=32'h0564F0BD;
        
        sbox4[8'h50]=32'hC3EB9E15;
        sbox4[8'h51]=32'h3C9057A2;
        sbox4[8'h52]=32'h97271AEC;
        sbox4[8'h53]=32'hA93A072A;
        sbox4[8'h54]=32'h1B3F6D9B;
        sbox4[8'h55]=32'h1E6321F5;
        sbox4[8'h56]=32'hF59C66FB;
        sbox4[8'h57]=32'h26DCF319;
        sbox4[8'h58]=32'h7533D928;
        sbox4[8'h59]=32'hB155FDF5;
        sbox4[8'h5a]=32'h03563482;
        sbox4[8'h5b]=32'h8ABA3CBB;
        sbox4[8'h5c]=32'h28517711;
        sbox4[8'h5d]=32'hC20AD9F8;
        sbox4[8'h5e]=32'hABCC5167;
        sbox4[8'h5f]=32'hCCAD925F;
        
        sbox4[8'h60]=32'h4DE81751;
        sbox4[8'h61]=32'h3830DC8E;
        sbox4[8'h62]=32'h379D5862;
        sbox4[8'h63]=32'h9320F991;
        sbox4[8'h64]=32'hEA7A90C2;
        sbox4[8'h65]=32'hFB3E7BCE;
        sbox4[8'h66]=32'h5121CE64;
        sbox4[8'h67]=32'h774FBE32;
        sbox4[8'h68]=32'hA8B6E37E;
        sbox4[8'h69]=32'hC3293D46;
        sbox4[8'h6a]=32'h48DE5369;
        sbox4[8'h6b]=32'h6413E680;
        sbox4[8'h6c]=32'hA2AE0810;
        sbox4[8'h6d]=32'hDD6DB224;
        sbox4[8'h6e]=32'h69852DFD;
        sbox4[8'h6f]=32'h09072166;
        
        sbox4[8'h70]=32'hB39A460A;
        sbox4[8'h71]=32'h6445C0DD;
        sbox4[8'h72]=32'h586CDECF;
        sbox4[8'h73]=32'h1C20C8AE;
        sbox4[8'h74]=32'h5BBEF7DD;
        sbox4[8'h75]=32'h1B588D40;
        sbox4[8'h76]=32'hCCD2017F;
        sbox4[8'h77]=32'h6BB4E3BB;
        sbox4[8'h78]=32'hDDA26A7E;
        sbox4[8'h79]=32'h3A59FF45;
        sbox4[8'h7a]=32'h3E350A44;
        sbox4[8'h7b]=32'hBCB4CDD5;
        sbox4[8'h7c]=32'h72EACEA8;
        sbox4[8'h7d]=32'hFA6484BB;
        sbox4[8'h7e]=32'h8D6612AE;
        sbox4[8'h7f]=32'hBF3C6F47;
        
        sbox4[8'h80]=32'hD29BE463;
        sbox4[8'h81]=32'h542F5D9E;
        sbox4[8'h82]=32'hAEC2771B;
        sbox4[8'h83]=32'hF64E6370;
        sbox4[8'h84]=32'h740E0D8D;
        sbox4[8'h85]=32'hE75B1357;
        sbox4[8'h86]=32'hF8721671;
        sbox4[8'h87]=32'hAF537D5D;
        sbox4[8'h88]=32'h4040CB08;
        sbox4[8'h89]=32'h4EB4E2CC;
        sbox4[8'h8a]=32'h34D2466A;
        sbox4[8'h8b]=32'h0115AF84;
        sbox4[8'h8c]=32'hE1B00428;
        sbox4[8'h8d]=32'h95983A1D;
        sbox4[8'h8e]=32'h06B89FB4;
        sbox4[8'h8f]=32'hCE6EA048;
        
        sbox4[8'h90]=32'h6F3F3B82;
        sbox4[8'h91]=32'h3520AB82;
        sbox4[8'h92]=32'h011A1D4B;
        sbox4[8'h93]=32'h277227F8;
        sbox4[8'h94]=32'h611560B1;
        sbox4[8'h95]=32'hE7933FDC;
        sbox4[8'h96]=32'hBB3A792B;
        sbox4[8'h97]=32'h344525BD;
        sbox4[8'h98]=32'hA08839E1;
        sbox4[8'h99]=32'h51CE794B;
        sbox4[8'h9a]=32'h2F32C9B7;
        sbox4[8'h9b]=32'hA01FBAC9;
        sbox4[8'h9c]=32'hE01CC87E;
        sbox4[8'h9d]=32'hBCC7D1F6;
        sbox4[8'h9e]=32'hCF0111C3;
        sbox4[8'h9f]=32'hA1E8AAC7;
        
        sbox4[8'ha0]=32'h1A908749;
        sbox4[8'ha1]=32'hD44FBD9A;
        sbox4[8'ha2]=32'hD0DADECB;
        sbox4[8'ha3]=32'hD50ADA38;
        sbox4[8'ha4]=32'h0339C32A;
        sbox4[8'ha5]=32'hC6913667;
        sbox4[8'ha6]=32'h8DF9317C;
        sbox4[8'ha7]=32'hE0B12B4F;
        sbox4[8'ha8]=32'hF79E59B7;
        sbox4[8'ha9]=32'h43F5BB3A;
        sbox4[8'haa]=32'hF2D519FF;
        sbox4[8'hab]=32'h27D9459C;
        sbox4[8'hac]=32'hBF97222C;
        sbox4[8'had]=32'h15E6FC2A;
        sbox4[8'hae]=32'h0F91FC71;
        sbox4[8'haf]=32'h9B941525;
        
        sbox4[8'hb0]=32'hFAE59361;
        sbox4[8'hb1]=32'hCEB69CEB;
        sbox4[8'hb2]=32'hC2A86459;
        sbox4[8'hb3]=32'h12BAA8D1;
        sbox4[8'hb4]=32'hB6C1075E;
        sbox4[8'hb5]=32'hE3056A0C;
        sbox4[8'hb6]=32'h10D25065;
        sbox4[8'hb7]=32'hCB03A442;
        sbox4[8'hb8]=32'hE0EC6E0E;
        sbox4[8'hb9]=32'h1698DB3B;
        sbox4[8'hba]=32'h4C98A0BE;
        sbox4[8'hbb]=32'h3278E964;
        sbox4[8'hbc]=32'h9F1F9532;
        sbox4[8'hbd]=32'hE0D392DF;
        sbox4[8'hbe]=32'hD3A0342B;
        sbox4[8'hbf]=32'h8971F21E;
        
        sbox4[8'hc0]=32'h1B0A7441;
        sbox4[8'hc1]=32'h4BA3348C;
        sbox4[8'hc2]=32'hC5BE7120;
        sbox4[8'hc3]=32'hC37632D8;
        sbox4[8'hc4]=32'hDF359F8D;
        sbox4[8'hc5]=32'h9B992F2E;
        sbox4[8'hc6]=32'hE60B6F47;
        sbox4[8'hc7]=32'h0FE3F11D ;
        sbox4[8'hc8]=32'hE54CDA54;
        sbox4[8'hc9]=32'h1EDAD891;
        sbox4[8'hca]=32'hCE6279CF;
        sbox4[8'hcb]=32'hCD3E7E6F;
        sbox4[8'hcc]=32'h1618B166;
        sbox4[8'hcd]=32'hFD2C1D05;
        sbox4[8'hce]=32'h848FD2C5;
        sbox4[8'hcf]=32'hF6FB2299;
        
        sbox4[8'hd0]=32'hF523F357;
        sbox4[8'hd1]=32'hA6327623;
        sbox4[8'hd2]=32'h93A83531;
        sbox4[8'hd3]=32'h56CCCD02;
        sbox4[8'hd4]=32'hACF08162;
        sbox4[8'hd5]=32'h5A75EBB5;
        sbox4[8'hd6]=32'h6E163697;
        sbox4[8'hd7]=32'h88D273CC;
        sbox4[8'hd8]=32'hDE966292;
        sbox4[8'hd9]=32'h81B949D0;
        sbox4[8'hda]=32'h4C50901B;
        sbox4[8'hdb]=32'h71C65614;
        sbox4[8'hdc]=32'hE6C6C7BD;
        sbox4[8'hdd]=32'h327A140A;
        sbox4[8'hde]=32'h45E1D006;
        sbox4[8'hdf]=32'hC3F27B9A;
        
        sbox4[8'he0]=32'hC9AA53FD;
        sbox4[8'he1]=32'h62A80F00;
        sbox4[8'he2]=32'hBB25BFE2;
        sbox4[8'he3]=32'h35BDD2F6;
        sbox4[8'he4]=32'h71126905;
        sbox4[8'he5]=32'hB2040222;
        sbox4[8'he6]=32'hB6CBCF7C;
        sbox4[8'he7]=32'hCD769C2B;
        sbox4[8'he8]=32'h53113EC0;
        sbox4[8'he9]=32'h1640E3D3;
        sbox4[8'hea]=32'h38ABBD60;
        sbox4[8'heb]=32'h2547ADF0;
        sbox4[8'hec]=32'hBA38209C;
        sbox4[8'hed]=32'hF746CE76;
        sbox4[8'hee]=32'h77AFA1C5;
        sbox4[8'hef]=32'h20756060;
        
        sbox4[8'hf0]=32'h85CBFE4E;
        sbox4[8'hf1]=32'h8AE88DD8;
        sbox4[8'hf2]=32'h7AAAF9B0;
        sbox4[8'hf3]=32'h4CF9AA7E;
        sbox4[8'hf4]=32'h1948C25C;
        sbox4[8'hf5]=32'h02FB8A8C;
        sbox4[8'hf6]=32'h01C36AE4;
        sbox4[8'hf7]=32'hD6EBE1F9;
        sbox4[8'hf8]=32'h90D4F869;
        sbox4[8'hf9]=32'hA65CDEA0;
        sbox4[8'hfa]=32'h3F09252D;
        sbox4[8'hfb]=32'hC208E69F;
        sbox4[8'hfc]=32'hB74E6132;
        sbox4[8'hfd]=32'hCE77E25B;
        sbox4[8'hfe]=32'h578FDFE3;
        sbox4[8'hff]=32'h3AC372E6;

    for (i=0;i<18;i=i+1)
        
    begin
            Pk[i]=P[i]^key[i%14];
    end
       
    end
    
    always @(din)
     begin 
     left[0]<=din[63:32];
     right[0]<=din[31:0];
     end
     
    always @(posedge clk)
    begin
    


    for (j=0;j<16;j=j+2)
    
    begin
    func(left[j],right[j],j,left[j+1],right[j+1]);
    func(right[j+1],left[j+1],j+1,right[j+2],left[j+2]);
     end

    left[17]<=right[16]^Pk[17];
    right[17]<=left[16]^Pk[16];
    dout={left[17],right[17]};
    end
   
task func(input[31:0] l,input[31:0] r,input [31:0]k,output[31:0] l1,output[31:0] r1);
begin

  l1=l^Pk[k];
 
  s1=l1[31:24];
  s2=l1[23:16];
  s3=l1[15:8];
  s4=l1[7:0];
  
  out1=sbox1[s1];
  out2=sbox2[s2];
  out3=sbox3[s3];
  out4=sbox4[s4];

  o1=out1+out2;
  o2=o1^out3;
  o3=o2+out4;
  
  r1=o3^r;
 
end
endtask
endmodule